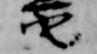
也